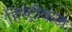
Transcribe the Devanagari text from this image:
हिस्ट्रीकल